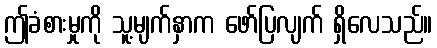
ဤခံစားမှုကို သူ့မျက်နှာက ဖော်ပြလျက် ရှိလေသည်။